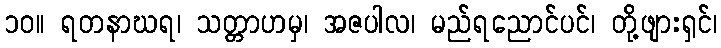
၁၀။ ရတနာဃရ၊ သတ္တာဟမှ၊ အဇပါလ၊ မည်ရညောင်ပင်၊ တို့ဖျားရှင်၊